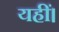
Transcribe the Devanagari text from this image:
यहीं।